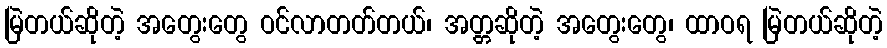
မြဲတယ်ဆိုတဲ့ အတွေးတွေ ဝင်လာတတ်တယ်၊ အတ္တဆိုတဲ့ အတွေးတွေ၊ ထာဝရ မြဲတယ်ဆိုတဲ့